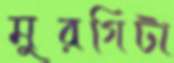
মুরগিটা